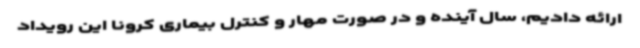
ارائه دادیم، سال آینده و در صورت مهار و کنترل بیماری کرونا این رویداد